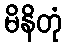
မိနိတုံ